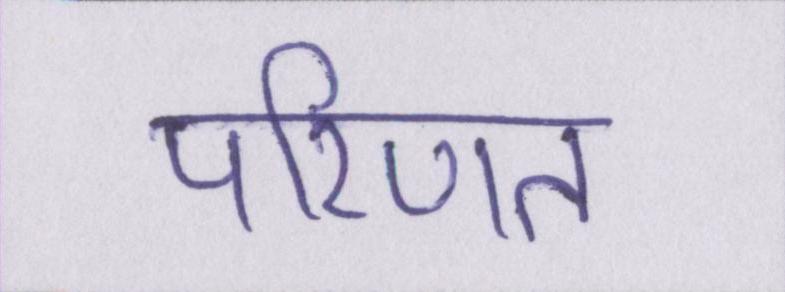
परिणत